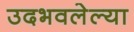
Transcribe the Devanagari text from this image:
उदभवलेल्या